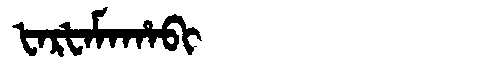
Manchu: ᡶᠠᡵᡶᠠᠮᠠᡥᠠᠪᡳ
Romanization: FARFAMAHABI